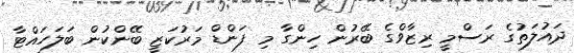
ދައުލަތުގެ ރަސްމީ ރިޒާވްގެ ބޭރުން ހިންގާ މި ފަންޑް މަރުކަޒީ ބޭންކުން ބަލަހައްޓާ